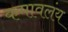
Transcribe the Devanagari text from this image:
कमावलंय